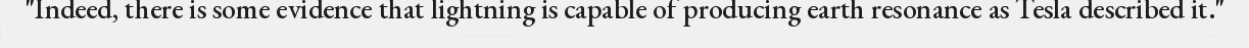
"Indeed, there is some evidence that lightning is capable of producing earth resonance as Tesla described it."